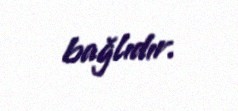
bağlıdır.